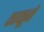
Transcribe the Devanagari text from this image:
काकूने